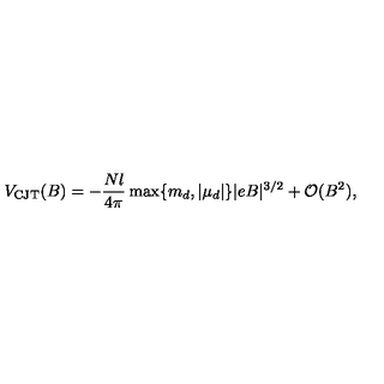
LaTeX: V _ { \mathrm { C J T } } ( B ) = - \frac { N l } { 4 \pi } \max \{ m _ { d } , | \mu _ { d } | \} | e B | ^ { 3 / 2 } + { \cal O } ( B ^ { 2 } ) ,